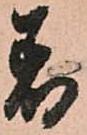
着